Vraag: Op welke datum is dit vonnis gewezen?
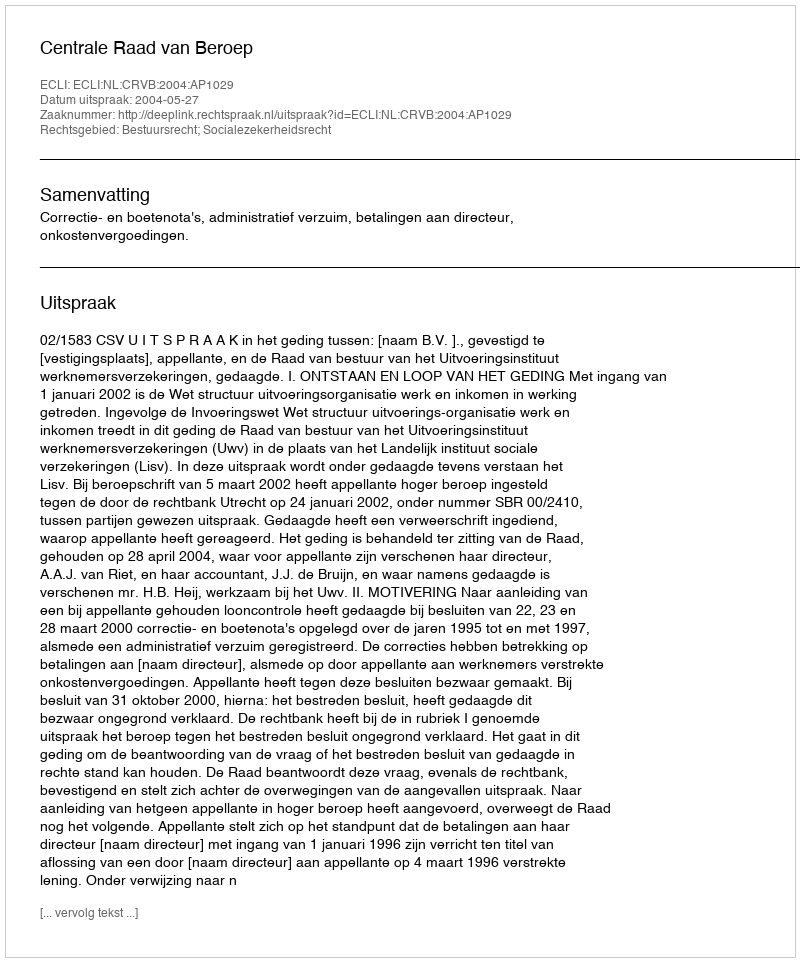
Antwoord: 2004-05-27